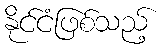
နိုင်ငံဖြစ်သည့်